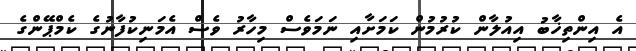
އެ އިންތިޚާބު އިއުލާން ކުރުމުން ކަމަށާއި ނަމަވެސް މިހާރު ވެސް އެމަނިކުފާނުގެ ކެމްޕޭންގެ